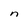
Character: n